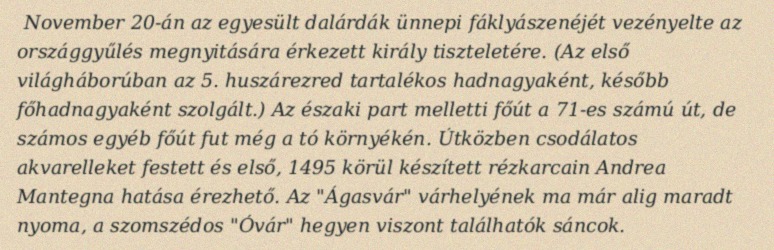
November 20-án az egyesült dalárdák ünnepi fáklyászenéjét vezényelte az országgyűlés megnyitására érkezett király tiszteletére. (Az első világháborúban az 5. huszárezred tartalékos hadnagyaként, később főhadnagyaként szolgált.) Az északi part melletti főút a 71-es számú út, de számos egyéb főút fut még a tó környékén. Útközben csodálatos akvarelleket festett és első, 1495 körül készített rézkarcain Andrea Mantegna hatása érezhető. Az "Ágasvár" várhelyének ma már alig maradt nyoma, a szomszédos "Óvár" hegyen viszont találhatók sáncok.